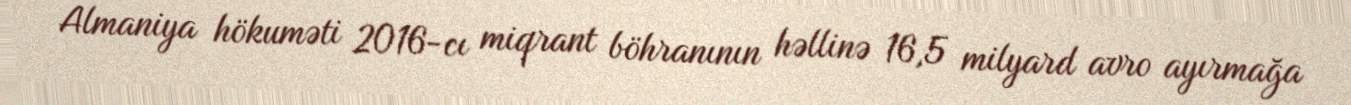
Almaniya hökuməti 2016-cı miqrant böhranının həllinə 16,5 milyard avro ayırmağa